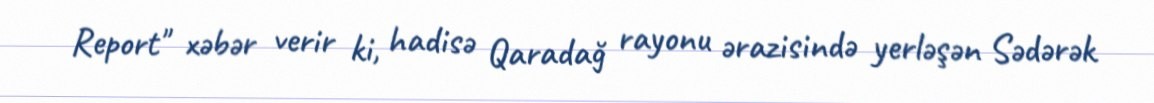
Report" xəbər verir ki, hadisə Qaradağ rayonu ərazisində yerləşən Sədərək